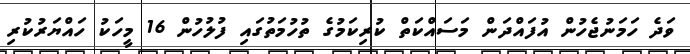
ވަދެ ހަމަނުޖެހުން އުފައްދަން މަސައްކަތް ކުރިކަމުގެ ތުހުމަތުގައި ފުލުހުން 16 މީހަކު ހައްޔަރުކުރި